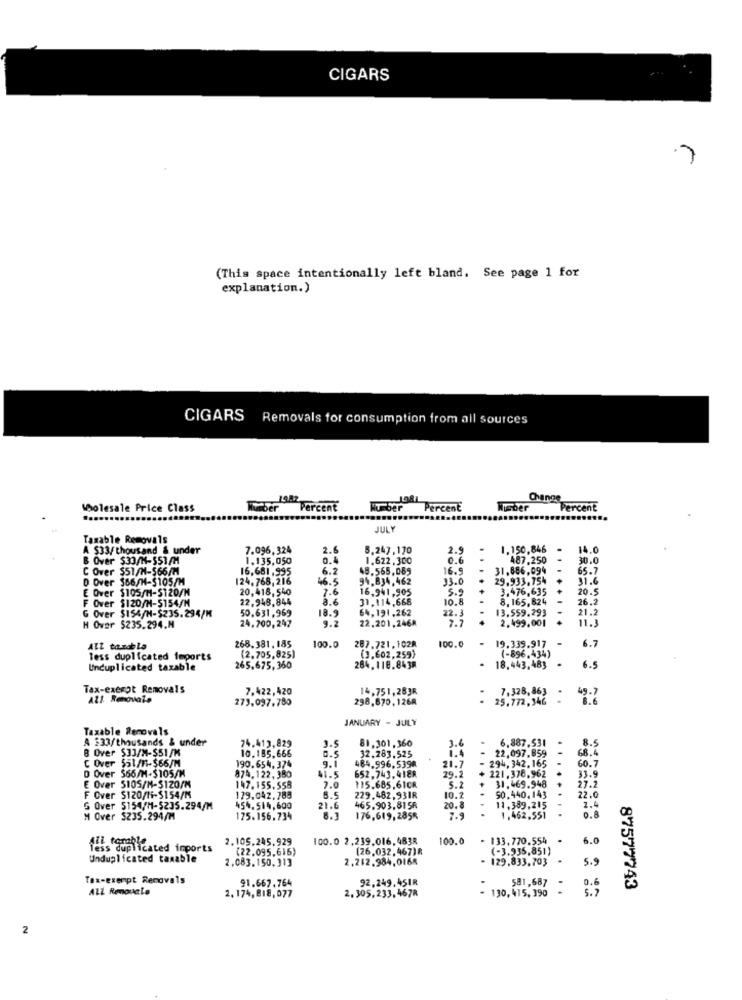
CIGARS
(This space intentionally left bland. See page 1 for
explanation.)
CIGARS Removals for consumption from all sources
Change
Wholesale Price Class
Number Percent
Percent
Huber
Percent
JULY
Taxable Removals
A $33/ thousand & under
7.096,324
2.6
5.247,170
2.9
1.150,846
14.0
B Over $33/1-551/M
1.135,050
0.4
1.622,300
0.6
487.250
30.0
C Over $51/H-566/M
16,681.995
6.2
48.565.085
16.9
31.886,094
65.7
D Over $66/H-S105/M
124.768, 216
46.5
94.834,462
13.0
29.933.754
31.
E Over $105/1-$120/M
20,418, 540
7.6
16,941 ,905
5.9
3.476,635
20.5
F Over $120/H-S154/M
22,948,844
3.6
31.114,668
10. 8
8.165,824
26.2
G Over $154/H-$235.294/M
50.631,969
18.9
64,191,262
13.559.293
9.2
22.3
7.7
2.499,001
21.2
11.3
H Over $235.294.M
24,700,247
22,201,246A
268.381, 185
287.721,1028
100.
6.7
Alt tanbla
100.0
19.339.917
Tess duplicated imports
(2.705,825)
(3,602,259)
.
(-896.434)
6.5
Unduplicated taxable
265.675,360
284.110.8438
18.443,483
Tax-exempt Removals
7.422,420
14,751,28JR
7.328,863
AZI Renovale
273.097.780
298.670,1268
25.772,346
JANUARY - JULY
Taxable Removals
A 333/thousands & under
74.413,829
81.301,360
3.6
3.6 -
- 6.887.531
5.5
8 Over $33/M-$51/M
10.185,666
3.5
32.283.525
22.097.859
C Over $51/1-$66/M
9.1
484.996.5390
21.7
- 294, 342, 165
68.4
60.7
D Over 566/M-$105/M
190.654. 374
41.5
652,743.4188
+ 221.376.962
874.122, 380
29.2
33.9
E Over 5105/M-$120/K
147.155,558
7.0
115.685,61CR
5.2
-
31.469.948
27.2
22.0
F Over $120/14-5154/M
179.042.788
8.5
229.482,93IR
10.2
50.440.143
2.4
5 Over 5154/M-$235.294/M
454.514,600
21.6
465.903.8158
20.8
11, 389,215
0.8
M Over $235.294/M
175.156.734
6.7
176,619, 285%
7.9
1,462,551
2.105,245,929
100.0 2.239.016.483R
100.0
- 133.770.554 -
6.0
fess dupi
(22.095.616)
(26.032,467)8
(-3.935,851)
Unduplicated taxable
2,083,150,313
2.212.984,0168
- 129,833,703
5.9
Tax-exempt Removals
91.667.764
92.249.451R
0.6
ALL RounLa
2.305,233,467R
- 130,415, 390
581,687
. .
5. 7
87577743
2, 174, 818,077
2